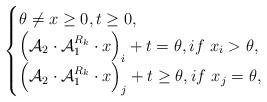
LaTeX: \begin{align*} \begin{cases} \theta \ne x \ge 0, t\ge0, \\\left ( \mathcal{A}_{2}\cdot \mathcal{A}_{1}^{R_{k}}\cdot x \right )_{i} +t=\theta , if~x_{i}>\theta , \\\left ( \mathcal{A}_{2}\cdot \mathcal{A}_{1}^{R_{k}}\cdot x \right )_{j} +t\ge \theta , if~x_{j}=\theta, \end{cases} \end{align*}